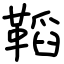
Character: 鞱